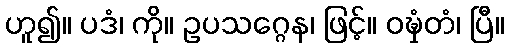
ဟူ၍။ ပဒံ၊ ကို။ ဥပသဂ္ဂေန၊ ဖြင့်။ ဝဍ္ဎှံတံ၊ ပြီ။